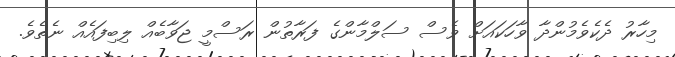
މިހާރު ދެކެވެމުންދާ ވާހަކައަށް ވެސް ސަލްމާންގެ ފަރާތުން ރަސްމީ ޖަވާބެއް ލިބިފައެއް ނެތެވެ.